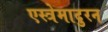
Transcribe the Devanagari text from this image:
एस्त्रेमादुरन